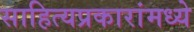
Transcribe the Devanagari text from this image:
साहित्यप्रकारांमध्ये